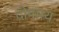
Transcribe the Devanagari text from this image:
दोषमय